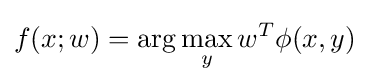
f(x;w)=\arg \max _{y}w^{T}\phi (x,y)